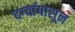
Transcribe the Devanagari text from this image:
दर्ग्यापासून